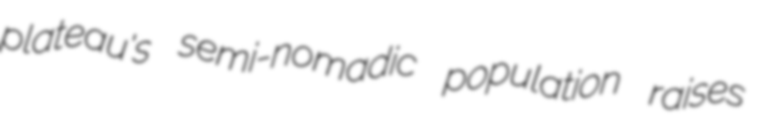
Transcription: plateau's semi-nomadic population raises